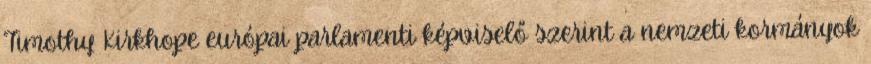
Timothy Kirkhope európai parlamenti képviselő szerint a nemzeti kormányok